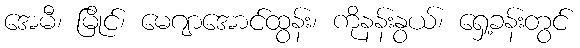
အေမီ၊ မြိုင်၊ မေဂျာအောင်ထွန်း၊ ကိုနန်းနွယ်၊ ရှေ့ခန်းတွင်